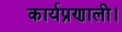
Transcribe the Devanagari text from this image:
कार्यप्रणाली।